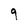
Character: 9